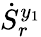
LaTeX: \dot{S}_{r}^{y_{1}}